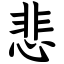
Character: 悲